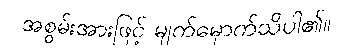
အစွမ်းအားဖြင့် မျက်မှောက်သိပါ၏။